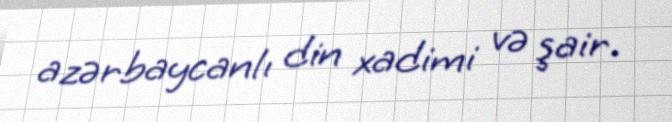
azərbaycanlı din xadimi və şair.